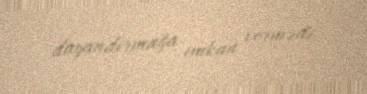
dayandırmağa imkan vermədi.